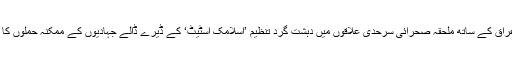
اردن کو شام اور عراق کے ساتھ ملحقہ صحرائی سرحدی علاقوں میں دہشت گرد تنظیم ’اسلامک اسٹیٹ‘ کے ڈیرے ڈالے جہادیوں کے ممکنہ حملوں کا سامنا ہو سکتا ہے۔